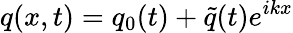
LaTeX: q(x,t)=q_{0}(t)+\tilde{q}(t)e^{ikx}